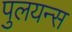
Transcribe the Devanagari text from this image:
पुलयन्स